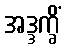
အဒ္ဒက္ခိံ